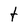
Character: t